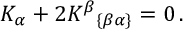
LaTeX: \; \; K _ { \alpha } + 2 K ^ { \beta } { } _ { \left\{ \beta \alpha \right\} } = 0 \, .